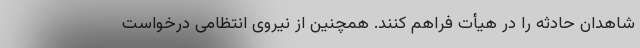
شاهدان حادثه را در هیأت فراهم کنند. همچنین از نیروی انتظامی درخواست